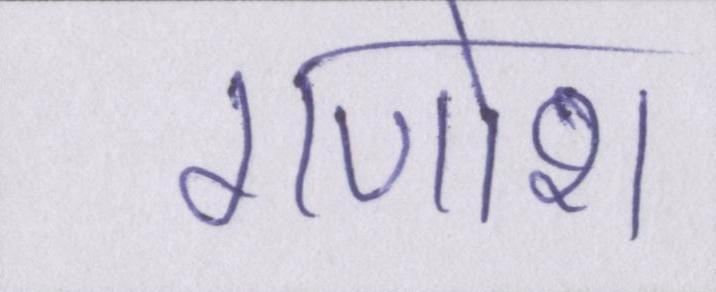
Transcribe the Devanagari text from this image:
गणोश